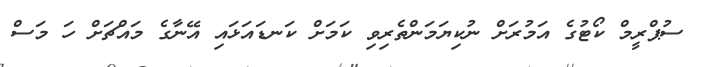
ސުޕްރީމް ކޯޓުގެ އަމުރަށް ނުކިޔަމަންތެރިވި ކަމަށް ކަނޑައަޅައި އޭނާގެ މައްޗަށް ހަ މަސް